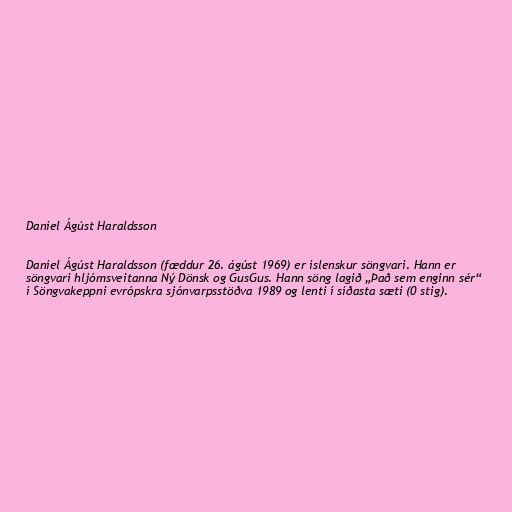
Daníel Ágúst Haraldsson

Daníel Ágúst Haraldsson (fæddur 26. ágúst 1969) er íslenskur söngvari. Hann er
söngvari hljómsveitanna Ný Dönsk og GusGus. Hann söng lagið „Það sem enginn sér“
í Söngvakeppni evrópskra sjónvarpsstöðva 1989 og lenti í síðasta sæti (0 stig).